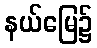
နယ်မြေ၌